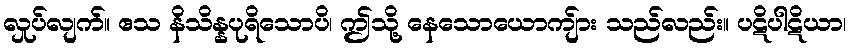
လှုပ်လျက်။ ဧသ နိသိန္နပုရိသောပိ၊ ဤသို့ နေသောယောကျ်ား သည်လည်း။ ပဋိပါဋိယာ၊